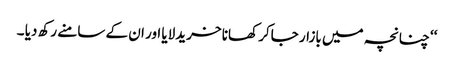
‘‘ چنانچہ میں بازار جاکر کھانا خریدلایا اور ان کے سامنے رکھ دیا ۔